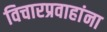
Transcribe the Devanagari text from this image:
विचारप्रवाहांना